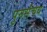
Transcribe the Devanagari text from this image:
पुनर्संचय